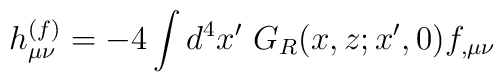
h^{(f)}_{\mu\nu}=-4 \int d^4x'~G_R(x,z;x',0)f_{, \mu\nu}